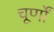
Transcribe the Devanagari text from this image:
चूर्णों